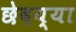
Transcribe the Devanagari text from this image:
छेदय्या